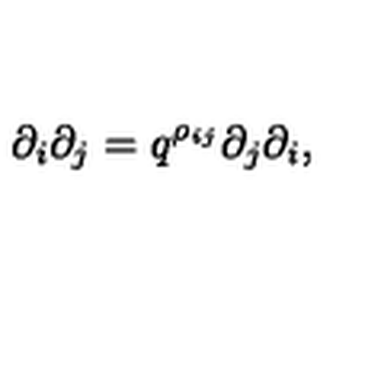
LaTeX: \partial _ { i } \partial _ { j } = q ^ { \rho _ { i j } } \partial _ { j } \partial _ { i } ,